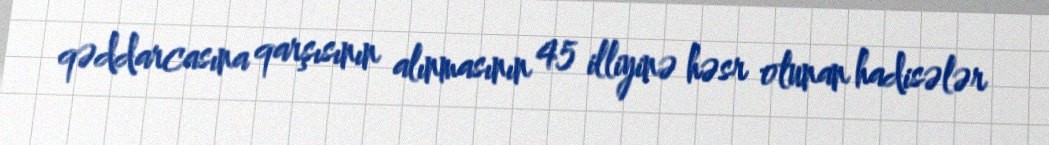
qəddarcasına qarşısının alınmasının 45 illiyinə həsr olunan hadisələr